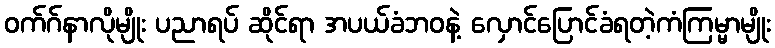
ဝက်ဂ်နာလိုမျိုး ပညာရပ် ဆိုင်ရာ အပယ်ခံဘဝနဲ့ လှောင်ပြောင်ခံရတဲ့ကံကြမ္မာမျိုး